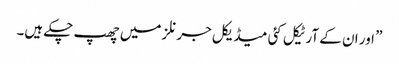
” اور ان کے آرٹیکل کئی میڈیکل جرنلز میں‌ چھپ چکے ہیں۔